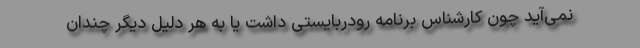
نمی‌آید چون کارشناس برنامه رودربایستی داشت یا به هر دلیل دیگر چندان